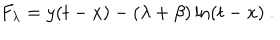
F _ { \lambda } = y ( t - x ) - ( \lambda + \beta ) \ln ( t - x ) ~ .